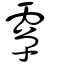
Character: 𩅦